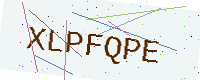
Text: XLPFQPE